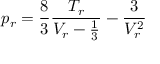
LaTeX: p _ { r } = { \frac { 8 } { 3 } } { \frac { T _ { r } } { V _ { r } - { \frac { 1 } { 3 } } } } - { \frac { 3 } { V _ { r } ^ { 2 } } }